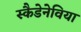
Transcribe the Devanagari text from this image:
स्कैडेनेविया